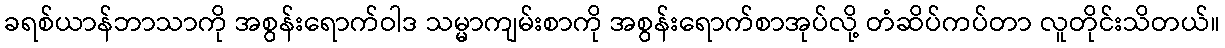
ခရစ်ယာန်ဘာသာကို အစွန်းရောက်ဝါဒ သမ္မာကျမ်းစာကို အစွန်းရောက်စာအုပ်လို့ တံဆိပ်ကပ်တာ လူတိုင်းသိတယ်။